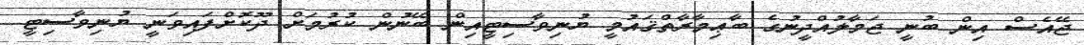
ޖޭއެސް އިން ބުނީ ޖަމާލުއްދީނުގެ ބާޢިމާރާތްޤައުމީ ޔުނިވާސިޓީއިން ބޭނުން ކުރުމަށް ދޫކޮށްފައިވަނީ ޔުނިވާސިޓީ